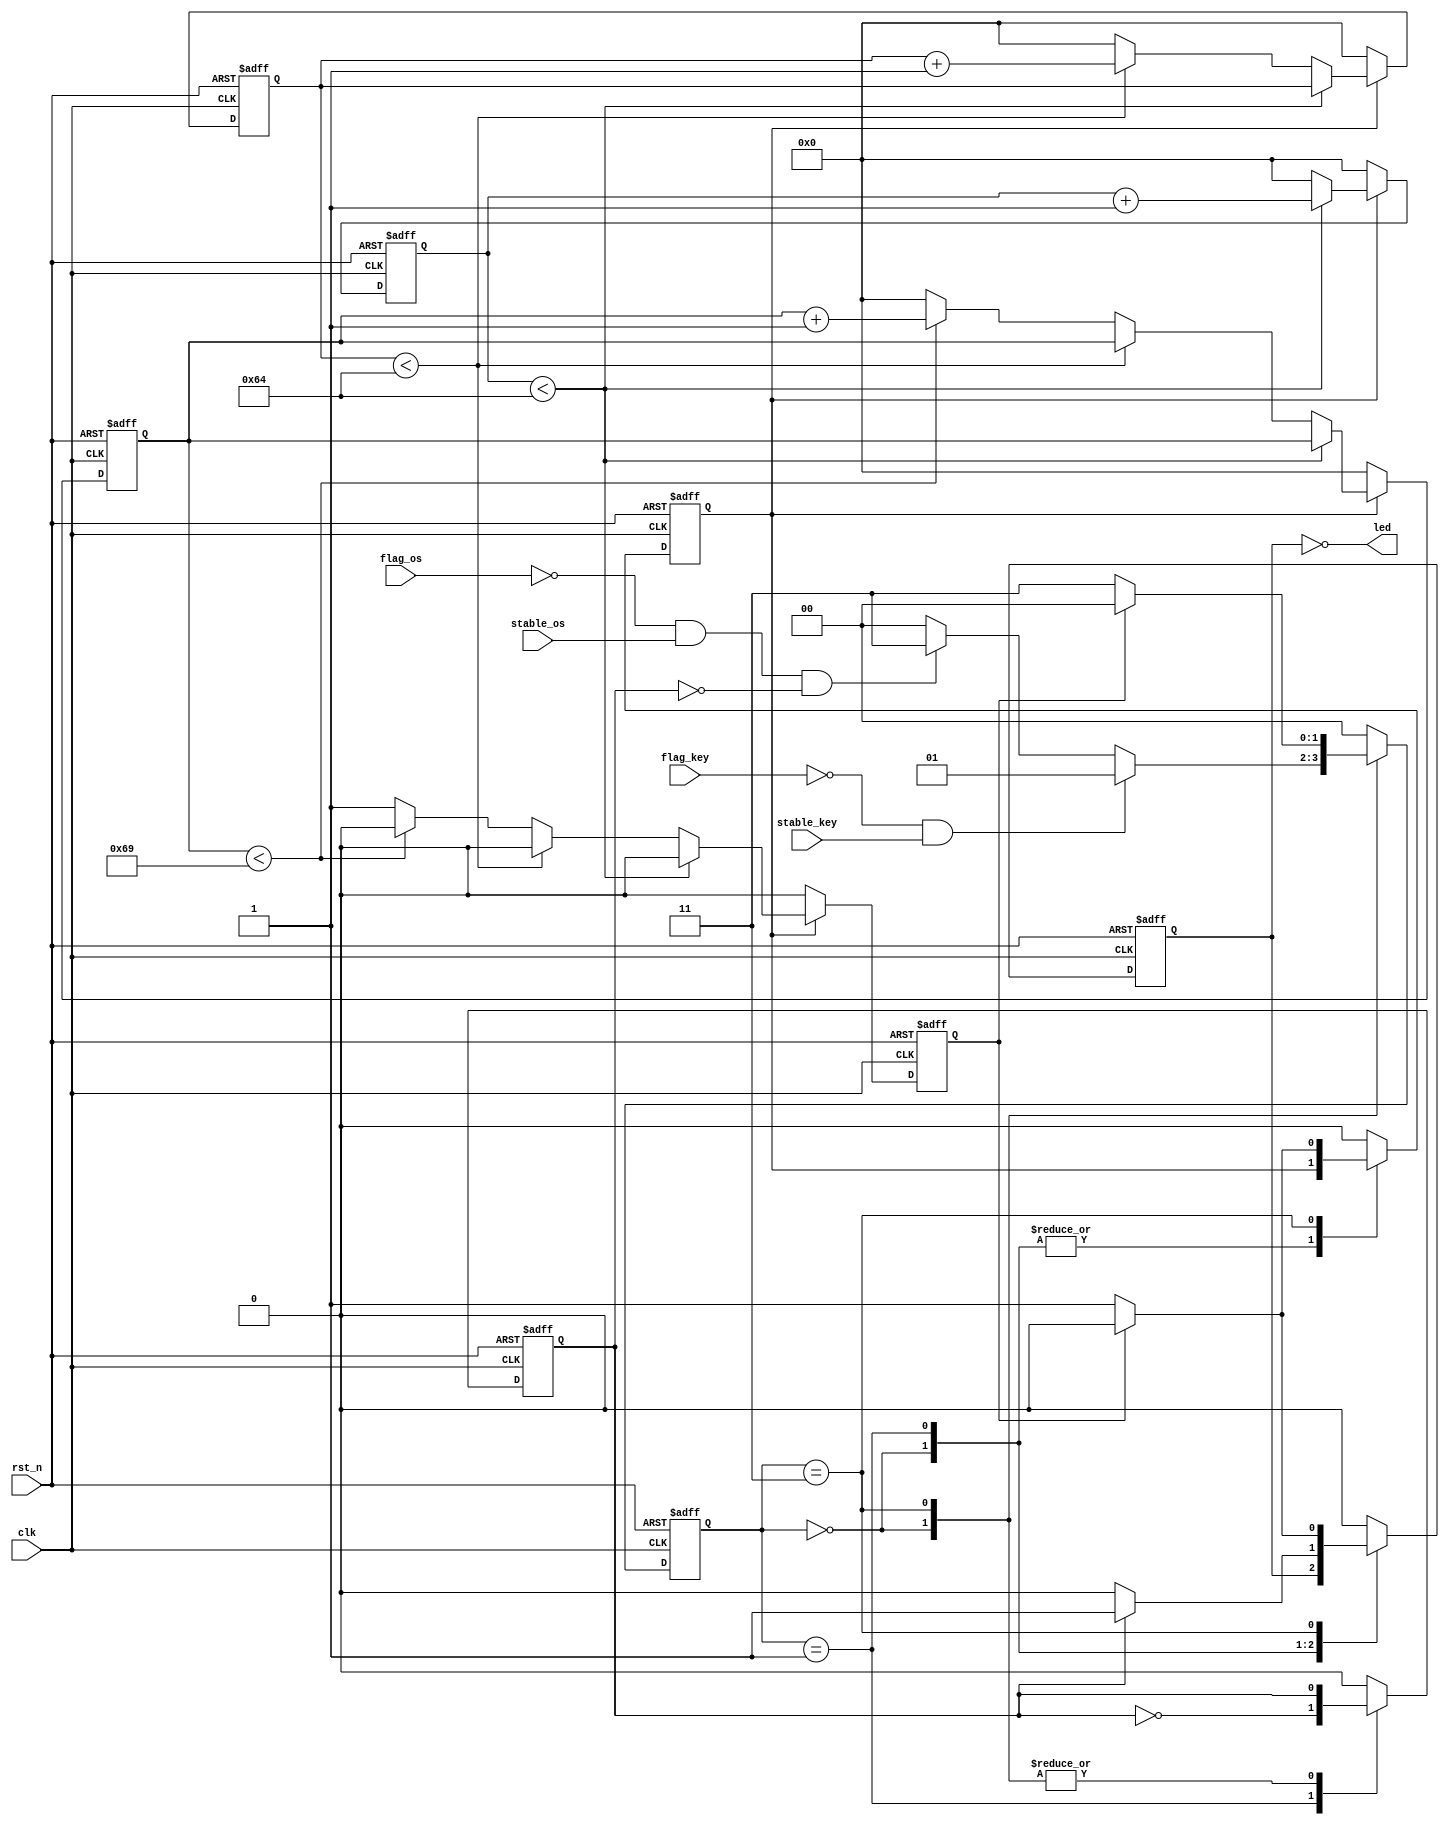
/**************************************************
DATE:		2018.10.18
PROGRAMER:	cnst.deer
FUNCTION:	LED

TIPS:	0. LED 0 
		1. key_os	--> LED525s
		2. key_key	--> ON/OFFOFF
***************************************************/

`timescale 1us/1us

module led_func(
	clk,
	rst_n,
	flag_os,
	stable_os,
	flag_key,
	stable_key,
	
	led
);


input clk,rst_n,flag_os,flag_key;
input stable_os,stable_key;
output wire led;
	
	
//////////////////////////////////////////	
/*		FSM of funtions of led			*/
reg [1:0]ledstate;
reg en_cnt,cnt_full;
reg flag,led_r;

parameter IDLE = 2'b00;
parameter KEY  = 2'b01;
parameter OS   = 2'b11;

always @(posedge clk or negedge rst_n) begin
	if( !rst_n ) begin 
		led_r <= 1'b0;
		flag <= 1'b0;
		en_cnt <= 1'b0;
		ledstate <= IDLE; end 
	else begin 
		case (ledstate) 
			IDLE: begin
				led_r <= led_r;
				
				if ( (!flag_key) && (stable_key) ) begin
					ledstate <= KEY;
				end 
				else begin  
					if ( (!flag_os) && (stable_os) && (!flag) )
						ledstate <= OS;
					else 
						ledstate <= IDLE;
				end 
			end 
			
			KEY: begin
				if(flag) begin 
					led_r <= 1'b1;
					flag <= ~flag;
					end 
				else begin
					led_r <= 1'b0;
					flag <= ~flag;
				end 
				ledstate <= IDLE;
			end 
		
			OS	: begin 
					en_cnt <= 1'b1;
					led_r <= 1'b1;
					/* 200k->525s --> 200k*525=105_000_000 */
					if (cnt_full) begin
						en_cnt <= 1'b0;
						ledstate <= IDLE;
						led_r <= 1'b0;
					end
					else 
					ledstate <= OS;		
			end 
			
			default:begin
				en_cnt <= 1'b0;
				ledstate <= IDLE;
				led_r <= 1'b0;
				flag <= 1'b0;
			end
		
		endcase 
	end 
end 


reg [6:0] cnt_1,cnt_2,cnt_3;
always @(posedge clk or negedge rst_n) begin
	if (!rst_n) begin
		cnt_1 <= 7'h00; cnt_2 <= 7'h00; cnt_3 <= 7'h00; cnt_full <= 1'b0;end 
	else if (!en_cnt) begin
			cnt_1 <= 7'h00; cnt_2 <= 7'h00; cnt_3 <= 7'h00; cnt_full <= 1'b0; end 
		else if (cnt_1 < 7'h64) begin 
			cnt_1 <= cnt_1 + 1'b1; cnt_full <= 1'b0; end 
			else if (cnt_2 < 7'h64) begin
				cnt_1 <= 7'h00; cnt_2 <= cnt_2 + 1'b1; cnt_full <= 1'b0; end 
				else if (cnt_3 < 7'h69) begin
					cnt_1 <= 7'h00; cnt_2 <= 7'h00; cnt_3 <= cnt_3 + 1'b1; cnt_full <= 1'b0; end
					else begin
						cnt_full <= 1'b1; cnt_1 <= 7'h00; cnt_2 <= 7'h00; cnt_3 <= 7'h00; end 		
end 


//////////////////////////////////////////


assign led = (~led_r);

endmodule